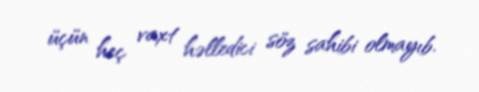
üçün heç vaxt həlledici söz sahibi olmayıb.